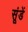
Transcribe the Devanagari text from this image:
सूंडें